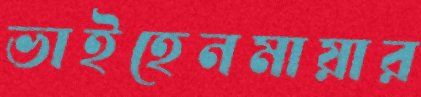
ভাইহেনমায়ার